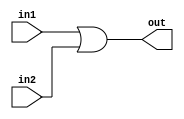
module my_or (output out, input in1, in2);

	or or1(out, in1, in2);

endmodule